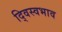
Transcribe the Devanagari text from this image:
द्विस्‍वभाव